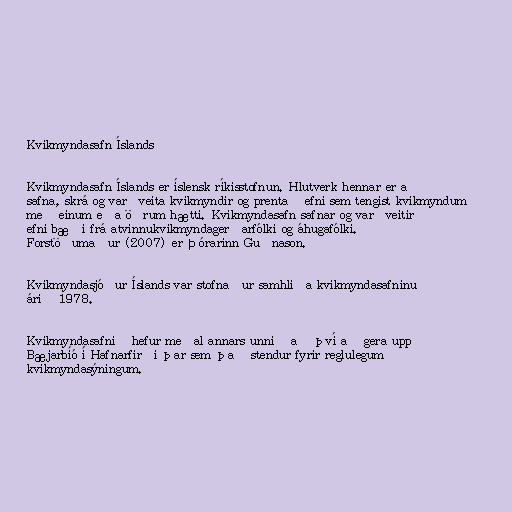
Kvikmyndasafn Íslands

Kvikmyndasafn Íslands er íslensk ríkisstofnun. Hlutverk hennar er að
safna, skrá og varðveita kvikmyndir og prentað efni sem tengist kvikmyndum
með einum eða öðrum hætti. Kvikmyndasafn safnar og varðveitir
efni bæði frá atvinnukvikmyndagerðarfólki og áhugafólki.
Forstöðumaður (2007) er Þórarinn Guðnason.

Kvikmyndasjóður Íslands var stofnaður samhliða kvikmyndasafninu
árið 1978.

Kvikmyndasafnið hefur meðal annars unnið að því að gera upp
Bæjarbíó í Hafnarfirði þar sem það stendur fyrir reglulegum
kvikmyndasýningum.